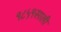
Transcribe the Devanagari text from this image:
१८५१साली